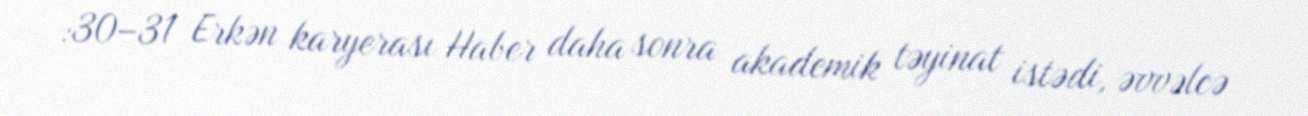
:30–31 Erkən karyerası Haber daha sonra akademik təyinat istədi, əvvəlcə